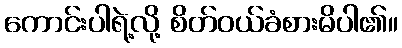
ကောင်းပါရဲ့လို့ စိတ်ဝယ်ခံစားမိပါ၏။